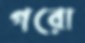
গরো